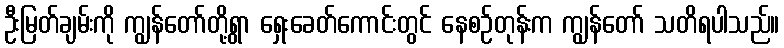
ဦးမြတ်ချမ်းကို ကျွန်တော်တို့ရွာ ရှေးခေတ်ကောင်းတွင် နေစဉ်တုန်းက ကျွန်တော် သတိရပါသည်။